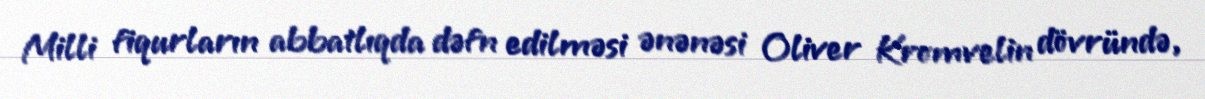
Milli fiqurların abbatlıqda dəfn edilməsi ənənəsi Oliver Kromvelin dövründə,